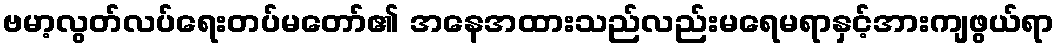
ဗမာ့လွတ်လပ်ရေးတပ်မတော်၏ အနေအထားသည်လည်းမရေမရာနှင့်အားကျဖွယ်ရာ